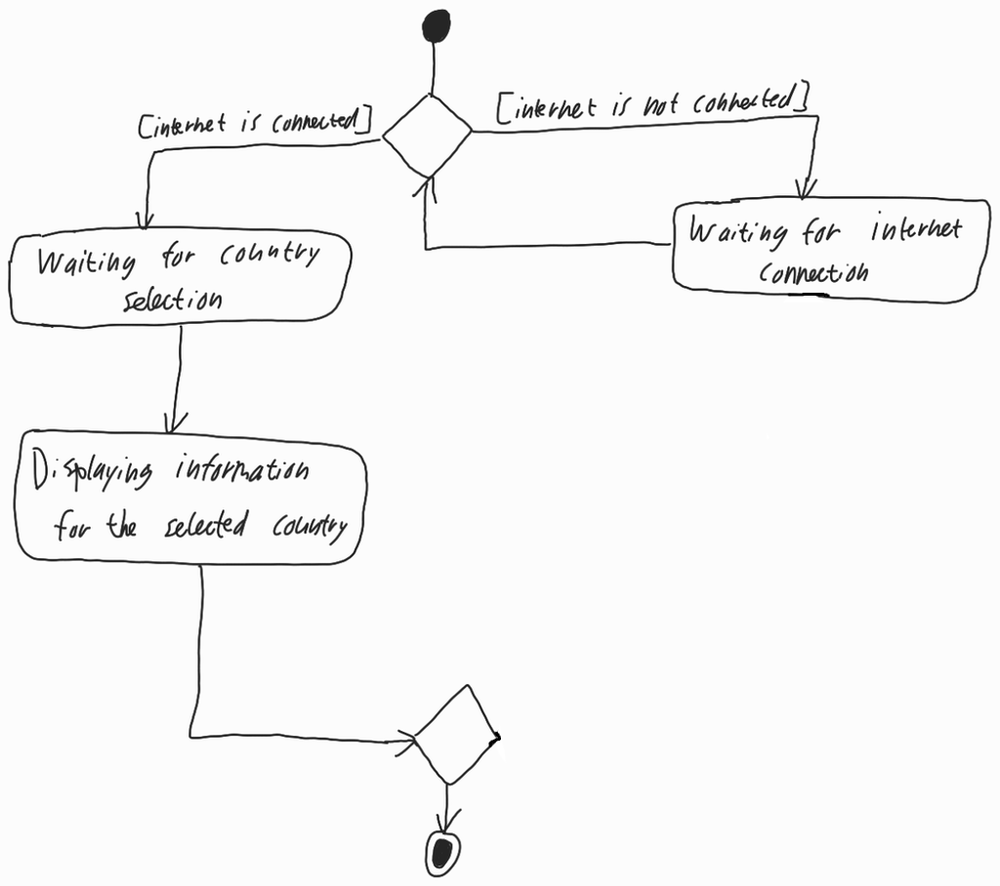
Diagram type: activity_diagram
```plantuml
@startuml

start

repeat

:Waiting for internet connection;

repeat while () is ([internet is not connected]) not ([internet is connected])

:Waiting for country selection;
:Displaying information for the selected country;

stop

@enduml
```